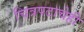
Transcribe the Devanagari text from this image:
चित्रपटाचेही